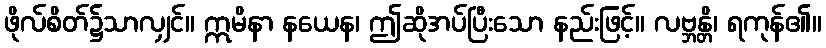
ဖိုလ်စိတ်၌သာလျှင်။ ဣမိနာ နယေန၊ ဤဆိုအပ်ပြီးသော နည်းဖြင့်။ လဗ္ဘန္တိ၊ ရကုန်၏။